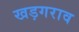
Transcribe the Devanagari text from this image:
खड़गराव